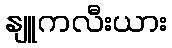
နျူကလီးယား